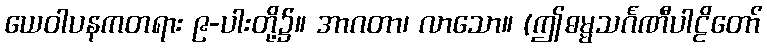
ယေဝါပနကတရား ၉-ပါးတို့၌။ အာဂတာ၊ လာသော။ (ဤဓမ္မသင်္ဂဏီပါဠိတော်